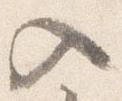
入